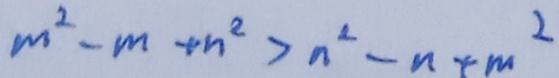
m ^ { 2 } - m + n ^ { 2 } > n ^ { 2 } - n + m ^ { 2 }